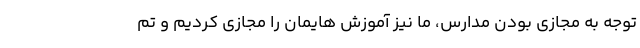
توجه به مجازی بودن مدارس، ما نیز آموزش هایمان را مجازی کردیم و تم